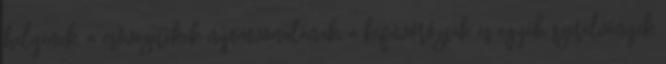
helyének, a csõvezetékek nyomvonalának, a kifúvórózsák és egyéb szerelvények